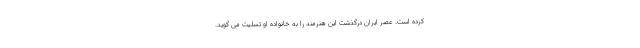
کرده است. عصر ایران درگذشت این هنرمند را به خانواده او تسلیت می گوید.